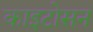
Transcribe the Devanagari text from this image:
काइटोसन